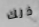
ذلك